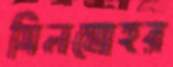
সিলমোহর